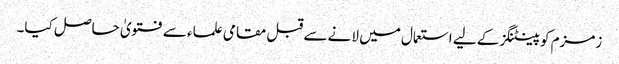
زمزم کو پینٹنگز کے لیے استعمال میں لانے سے قبل مقامی علماء سے فتویٰ حاصل کیا۔